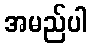
အမည်ပါ